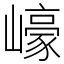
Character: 㠙